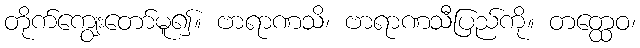
တိုက်ကျွေးတော်မူ၍။ ဗာရာဏသိ၊ ဗာရာဏသီပြည်ကို။ တတ္ထေဝ၊